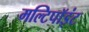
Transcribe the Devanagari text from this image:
मल्टिपॉइंट